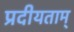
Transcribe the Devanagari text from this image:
प्रदीयताम्